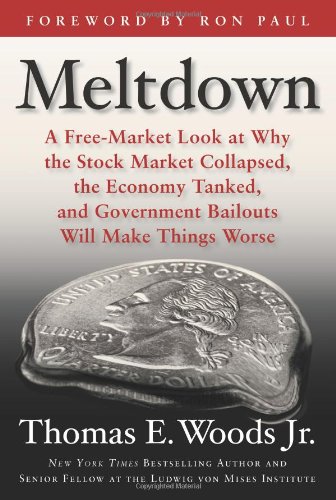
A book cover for Meltdown: A Free-Market Look at Why the Stock Market Collapsed, the Economy Tanked, and Government Bailouts Will Make Things Worse; Thomas E. Woods; Business & Money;